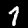
Label: 1